Annual report on the working of the lock hospitals in the North-Western Provinces and Oudh
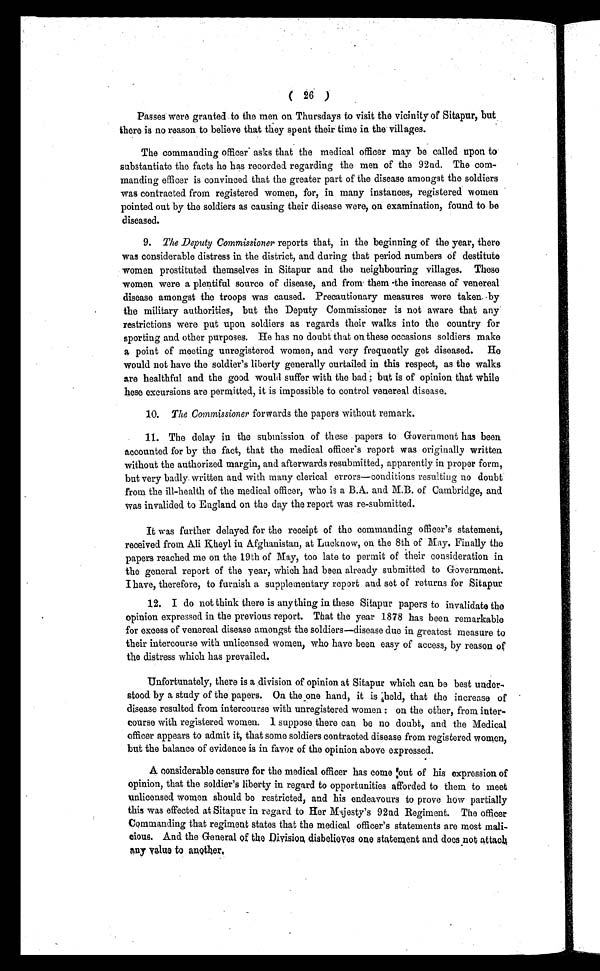
( 26 )
Passes were granted to the men on Thursdays to visit the vicinity of Sitapur, but
there is no reason to believe that they spent their time in the villages.
The commanding officer asks that the medical officer may be called upon to
substantiate the facts he has recorded regarding the men of the 92nd. The com-
manding efficer is convinced that the greater part of the disease amongst the soldiers
was contracted from registered women, for, in many instances, registered women
pointed out by the soldiers as causing their disease were, on examination, found to be
diseased.
9. The Deputy Commissioner reports that, in the beginning of the year, there
was considerable distress in the district, and during that period numbers of destitute
women prostituted themselves in Sitapur and the neighbouring villages. These
women were a plentiful source of disease, and from them the increase of venereal
disease amongst the troops was caused. Precautionary measures were taken by
the military authorities, but the Deputy Commissioner is not aware that any
restrictions were put upon soldiers as regards their walks into the country for
sporting and other purposes. He has no doubt that on these occasions soldiers make
a point of meeting unregistered women, and very frequently get diseased. He
would not have the soldier's liberty generally curtailed in this respect, as the walks
are healthful and the good would suffer with the bad ; but is of opinion that while
hese excursions are permitted, it is impossible to control venereal disease.
10. The Commissioner forwards the papers without remark.
11. The delay in the submission of these papers to Government has been
accounted for by the fact, that the medical officer's report was originally written
without the authorized margin, and afterwards resubmitted, apparently in proper form,
but very badly written and with many clerical errors—conditions resulting no doubt
from the ill-health of the medical officer, who is a B.A. and M.B. of Cambridge, and
was invalided to England on the day the report was re-submitted.
It was further delayed for the receipt of the commanding officer's statement,
received from Ali Kheyl in Afghanistan, at Lucknow, on the 8th of May. Finally the
papers reached me on the 19th of May, too late to permit of their consideration in
the general report of the year, which had been already submitted to Government
. I have, therefore, to furnish a supplementary report and set of returns for Sitapur
12. I do not think there is anything in these Sitapur papers to invalidate the
opinion expressed in the previous report. That the year 1878 has been remarkable
for excess of venereal disease amongst the soldiers—disease due in greatest measure to
their intercourse with unlicensed women, who have been easy of access, by reason of
the distress which has prevailed.
Unfortunately, there is a division of opinion at Sitapur which can be best under-
stood by a study of the papers. On the one hand, it is held, that the increase of
disease resulted from intercourse with unregistered women : on the other, from inter-
course with registered women. I suppose there can be no doubt, and the Medical
officer appears to admit it, that some soldiers contracted disease from registered women,
but the balance of evidence is in favor of the opinion above expressed.
A considerable censure for the medical officer has come out of his expression of
opinion, that the soldier's liberty in regard to opportunities afforded to them to meet
unlicensed women should be restricted, and his endeavours to prove how partially
this was effected at Sitapur in regard to Her Majesty's 92nd Regiment. The officer
Commanding that regiment states that the medical officer's statements are most mali-
cious. And the General of the Division disbelieves one statement and does not attach
any value to another.